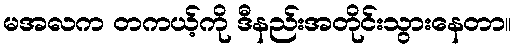
မအလက တကယ့်ကို ဒီနည်းအတိုင်းသွားနေတာ။